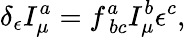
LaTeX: \delta_{\epsilon}I_{\mu}^{a}=f_{\ bc}^{a}I_{\mu}^{b}\epsilon^{c},